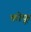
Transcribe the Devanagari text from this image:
कोफू